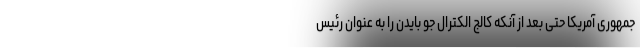
جمهوری آمریکا حتی بعد از آنکه کالج الکترال جو بایدن را به عنوان رئیس